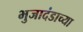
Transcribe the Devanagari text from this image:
भुजादंडाच्या